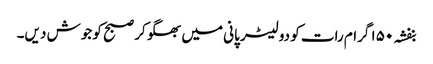
بنفشہ ۱۵۰ گرام رات کو دو لیٹر پانی میں بھگو کر صبح کو جوش دیں۔